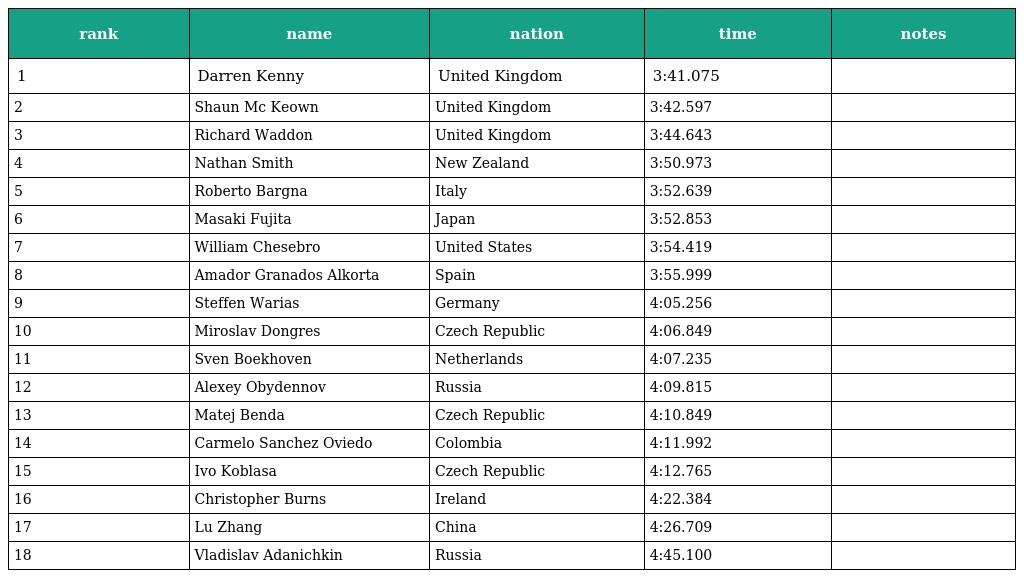
| rank | name | nation | time | notes |
 | --- | --- | --- | --- | --- |
 | 1 | Darren Kenny | United Kingdom | 3:41.075 |  |
 | 2 | Shaun Mc Keown | United Kingdom | 3:42.597 |  |
 | 3 | Richard Waddon | United Kingdom | 3:44.643 |  |
 | 4 | Nathan Smith | New Zealand | 3:50.973 |  |
 | 5 | Roberto Bargna | Italy | 3:52.639 |  |
 | 6 | Masaki Fujita | Japan | 3:52.853 |  |
 | 7 | William Chesebro | United States | 3:54.419 |  |
 | 8 | Amador Granados Alkorta | Spain | 3:55.999 |  |
 | 9 | Steffen Warias | Germany | 4:05.256 |  |
 | 10 | Miroslav Dongres | Czech Republic | 4:06.849 |  |
 | 11 | Sven Boekhoven | Netherlands | 4:07.235 |  |
 | 12 | Alexey Obydennov | Russia | 4:09.815 |  |
 | 13 | Matej Benda | Czech Republic | 4:10.849 |  |
 | 14 | Carmelo Sanchez Oviedo | Colombia | 4:11.992 |  |
 | 15 | Ivo Koblasa | Czech Republic | 4:12.765 |  |
 | 16 | Christopher Burns | Ireland | 4:22.384 |  |
 | 17 | Lu Zhang | China | 4:26.709 |  |
 | 18 | Vladislav Adanichkin | Russia | 4:45.100 |  |